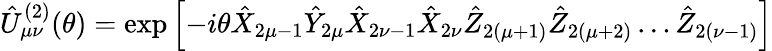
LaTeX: \hat{U}_{\mu\nu}^{(2)}(\theta)=\exp\left[-i\theta\hat{X}_{2\mu-1}\hat{Y}_{2\mu}\hat{X}_{2\nu-1}\hat{X}_{2\nu}\hat{Z}_{2(\mu+1)}\hat{Z}_{2(\mu+2)}\ldots\hat{Z}_{2(\nu-1)}\right]